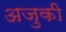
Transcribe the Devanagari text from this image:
अजुकी